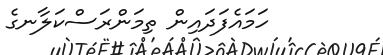
ހަމައެފަދައިން ތިމަންރަސްކަލާނގެ